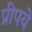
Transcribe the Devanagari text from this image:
प्रीपये